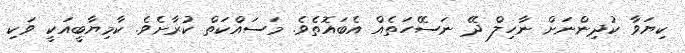
ކިޔަވާ ކުދިންނަށް ނާހިލް ދޭ ނަސޭހަތެއް އެބައޮތެވެ. މަސައްކަތް ކުރާށެވެ. ކާމިޔާބީއަކީ ވަކި